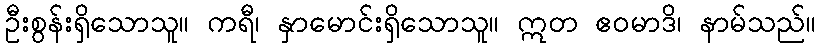
ဦးစွန်းရှိသောသူ။ ကရီ၊ နှာမောင်းရှိသောသူ။ ဣတ ဧဝမာဒိ၊ နာမ်သည်။